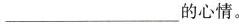
___的心情。